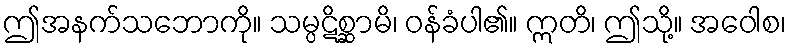
ဤအနက်သဘောကို။ သမ္ပဋိစ္ဆာမိ၊ ဝန်ခံပါ၏။ ဣတိ၊ ဤသို့။ အဝေါစ၊